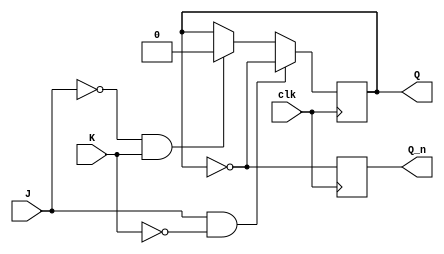
module neg_edge_triggered_jk_ff (
    input wire J, // input J
    input wire K, // input K
    input wire clk, // clock input
    output reg Q, // output Q
    output reg Q_n // output Q_n
);

// Internal flip-flop logic
always @(negedge clk) begin
    if (J==1 && K==0) begin
        Q <= ~Q; // toggle
    end else if (J==0 && K==1) begin
        Q <= 0; // reset
    end else if (J==1 && K==1) begin
        // hold
    end else if (J==0 && K==0) begin
        // no change
    end
    Q_n <= ~Q; // complement of Q
end

endmodule